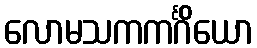
လောမသကကင်္ဂိယော